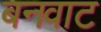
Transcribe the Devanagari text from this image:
बनवाट